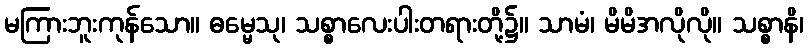
မကြားဘူးကုန်သော။ ဓမ္မေသု၊ သစ္စာလေးပါးတရားတို့၌။ သာမံ၊ မိမိအလိုလို။ သစ္စာနိ၊